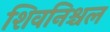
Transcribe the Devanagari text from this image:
शिवनिश्चल